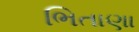
ભિતાણા